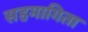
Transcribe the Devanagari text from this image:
सहमागिता